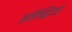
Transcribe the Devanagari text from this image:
इन्द्रियं